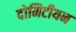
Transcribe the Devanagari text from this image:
दोमिटीयन